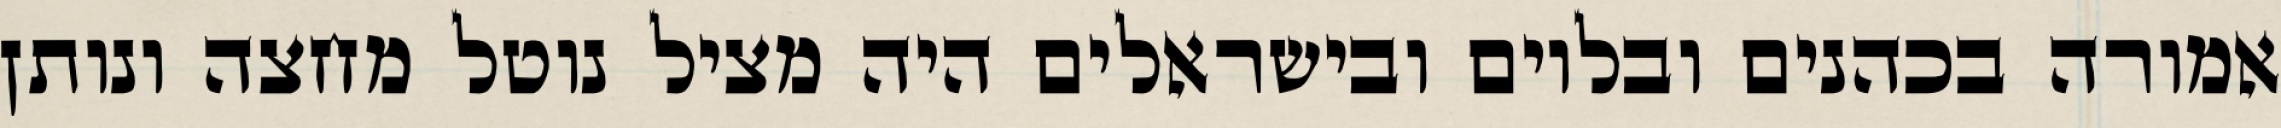
אמורה בכהנים ובלוים ובישראלים היה מציל נוטל מחצה ונותן